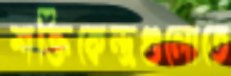
শক্তিকেন্দ্রগুলোতে